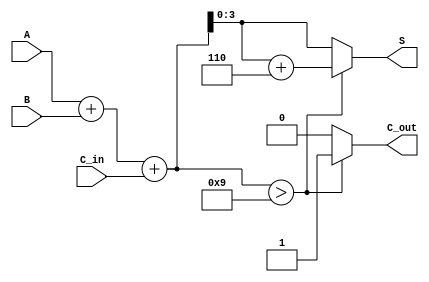
module BCD_Adder (
    input  [3:0] A,      // First BCD digit
    input  [3:0] B,      // Second BCD digit
    input        C_in,    // Carry-in
    output reg [3:0] S,   // Sum output (BCD)
    output reg C_out      // Carry-out
);

    wire [4:0] binary_sum; // 5 bits to hold the sum of A, B, and C_in
    wire correction_needed;  // Flag to indicate if correction is needed

    // Step 1: Perform binary addition
    assign binary_sum = A + B + C_in;

    // Step 2: Determine if correction is needed
    assign correction_needed = (binary_sum > 9);

    // Step 3: Output calculation
    always @(*) begin
        if (correction_needed) begin
            S = binary_sum + 4'b0110; // Apply correction
            C_out = 1'b1;              // Set carry-out
        end else begin
            S = binary_sum[3:0];       // No correction needed, take lower 4 bits
            C_out = 1'b0;              // No carry-out
        end
    end

endmodule